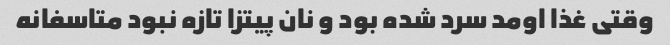
وقتی غذا اومد سرد شده بود و نان پیتزا تازه نبود متاسفانه